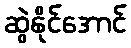
ဆွဲနိုင်အောင်